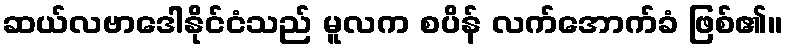
ဆယ်လဗာဒေါနိုင်ငံသည် မူလက စပိန် လက်အောက်ခံ ဖြစ်၏။